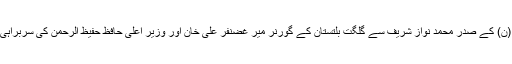
19 فروری2018ء) سابق وزیر اعظم و مسلم لیگ (ن) کے صدر محمد نواز شریف سے گلگت بلتستان کے گورنر میر غضنفر علی خان اور وزیر اعلیٰ حافظ حفیظ الرحمن کی سربراہی میں وفد نے جاتی امراء رائے ونڈ میں ملاقات کی ۔